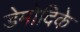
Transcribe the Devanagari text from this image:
डेमोदिके